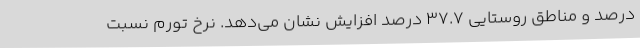
درصد و مناطق روستایی ٣٧.٧ درصد افزایش نشان می­‌دهد. نرخ تورم نسبت